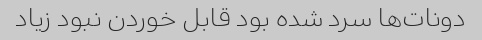
دونات‌ها سرد شده بود قابل خوردن نبود زیاد